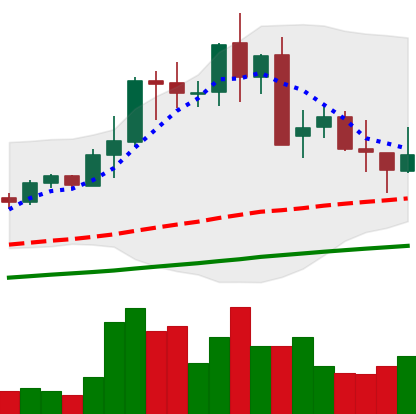
Ticker: LTC-USD
Chart end date: 2021-05-18
Forward return: -51.286%
Label: down_7plus